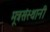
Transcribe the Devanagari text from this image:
मूत्रसंस्थानी